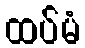
ထပ်မံ